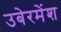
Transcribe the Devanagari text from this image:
उबेरमेंश